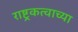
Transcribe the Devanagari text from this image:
राष्ट्रकत्वाच्या